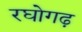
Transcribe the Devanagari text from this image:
रघोगढ़